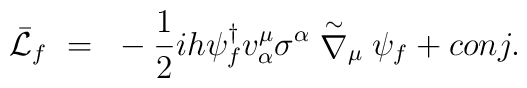
\bar{\cal L}_f~=~-{1 \over 2} ih\psi_f^{\dagger} v_{\alpha}^{\mu}\sigma^{\alpha} \stackrel{\sim}{\nabla}_{\mu} \psi_f + conj.